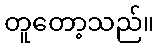
တူတော့သည်။